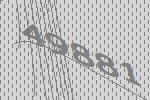
49881